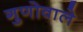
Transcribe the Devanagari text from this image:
गुणोवाले